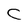
Character: C